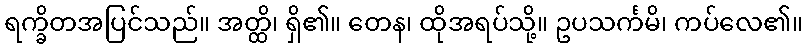
ရက္ခိတအပြင်သည်။ အတ္ထိ၊ ရှိ၏။ တေန၊ ထိုအရပ်သို့။ ဥပသင်္ကမိ၊ ကပ်လေ၏။